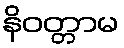
နိဝတ္တာမ